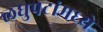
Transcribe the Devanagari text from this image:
लघुपटांमध्ये